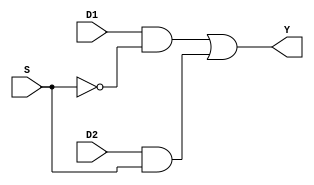
`timescale 1ns / 1ps
//////////////////////////////////////////////////////////////////////////////////
// Module Name: MUX21
// 
//////////////////////////////////////////////////////////////////////////////////

module MUX21 (
        D1 , D2 , S , Y
);
 
input  S;
input [31:0] D1;
input [31:0] D2;

output [31:0]Y;

// Write your code 
assign Y = (D1 & ~S) | (D2 & S);

endmodule